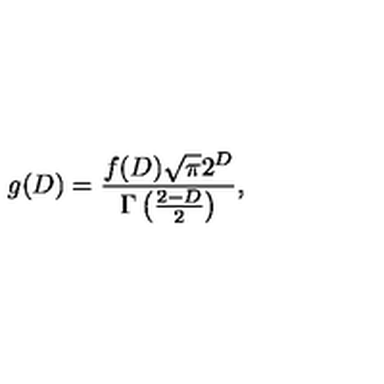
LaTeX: g ( D ) = \frac { f ( D ) \sqrt { \pi } 2 ^ { D } } { \Gamma \left( \frac { 2 - D } { 2 } \right) } ,